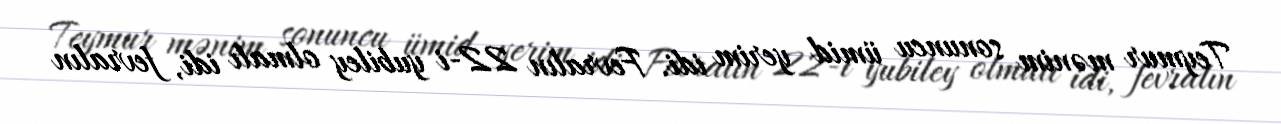
Teymur mənim sonuncu ümid yerim idi. Fevralın 22-i yubiley olmalı idi, fevralın